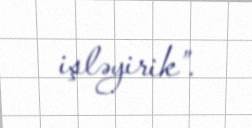
işləyirik”.